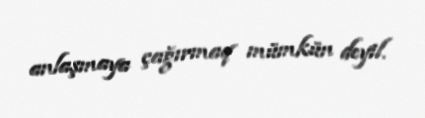
anlaşmaya çağırmaq mümkün deyil.